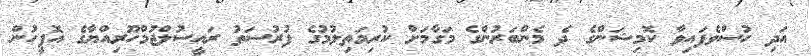
އަދި ހުސްވެފައިވާ ކޮމިޝަންގެ ދެ މެންބަރުންގެ މަގާމަށް ކުރިމަތިލުމުގެ ފުރުސަތު ރައީސުލްޖުމްހޫރިއްޔާގެ އޮފީހުން